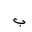
Letter: _ba